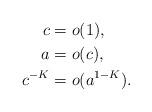
LaTeX: \begin{align*}c&=o(1) , \\a&=o(c), \\ c^{-K}&=o(a^{1-K}). \end{align*}